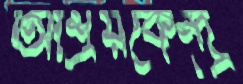
আশ্রয়কেন্দ্র